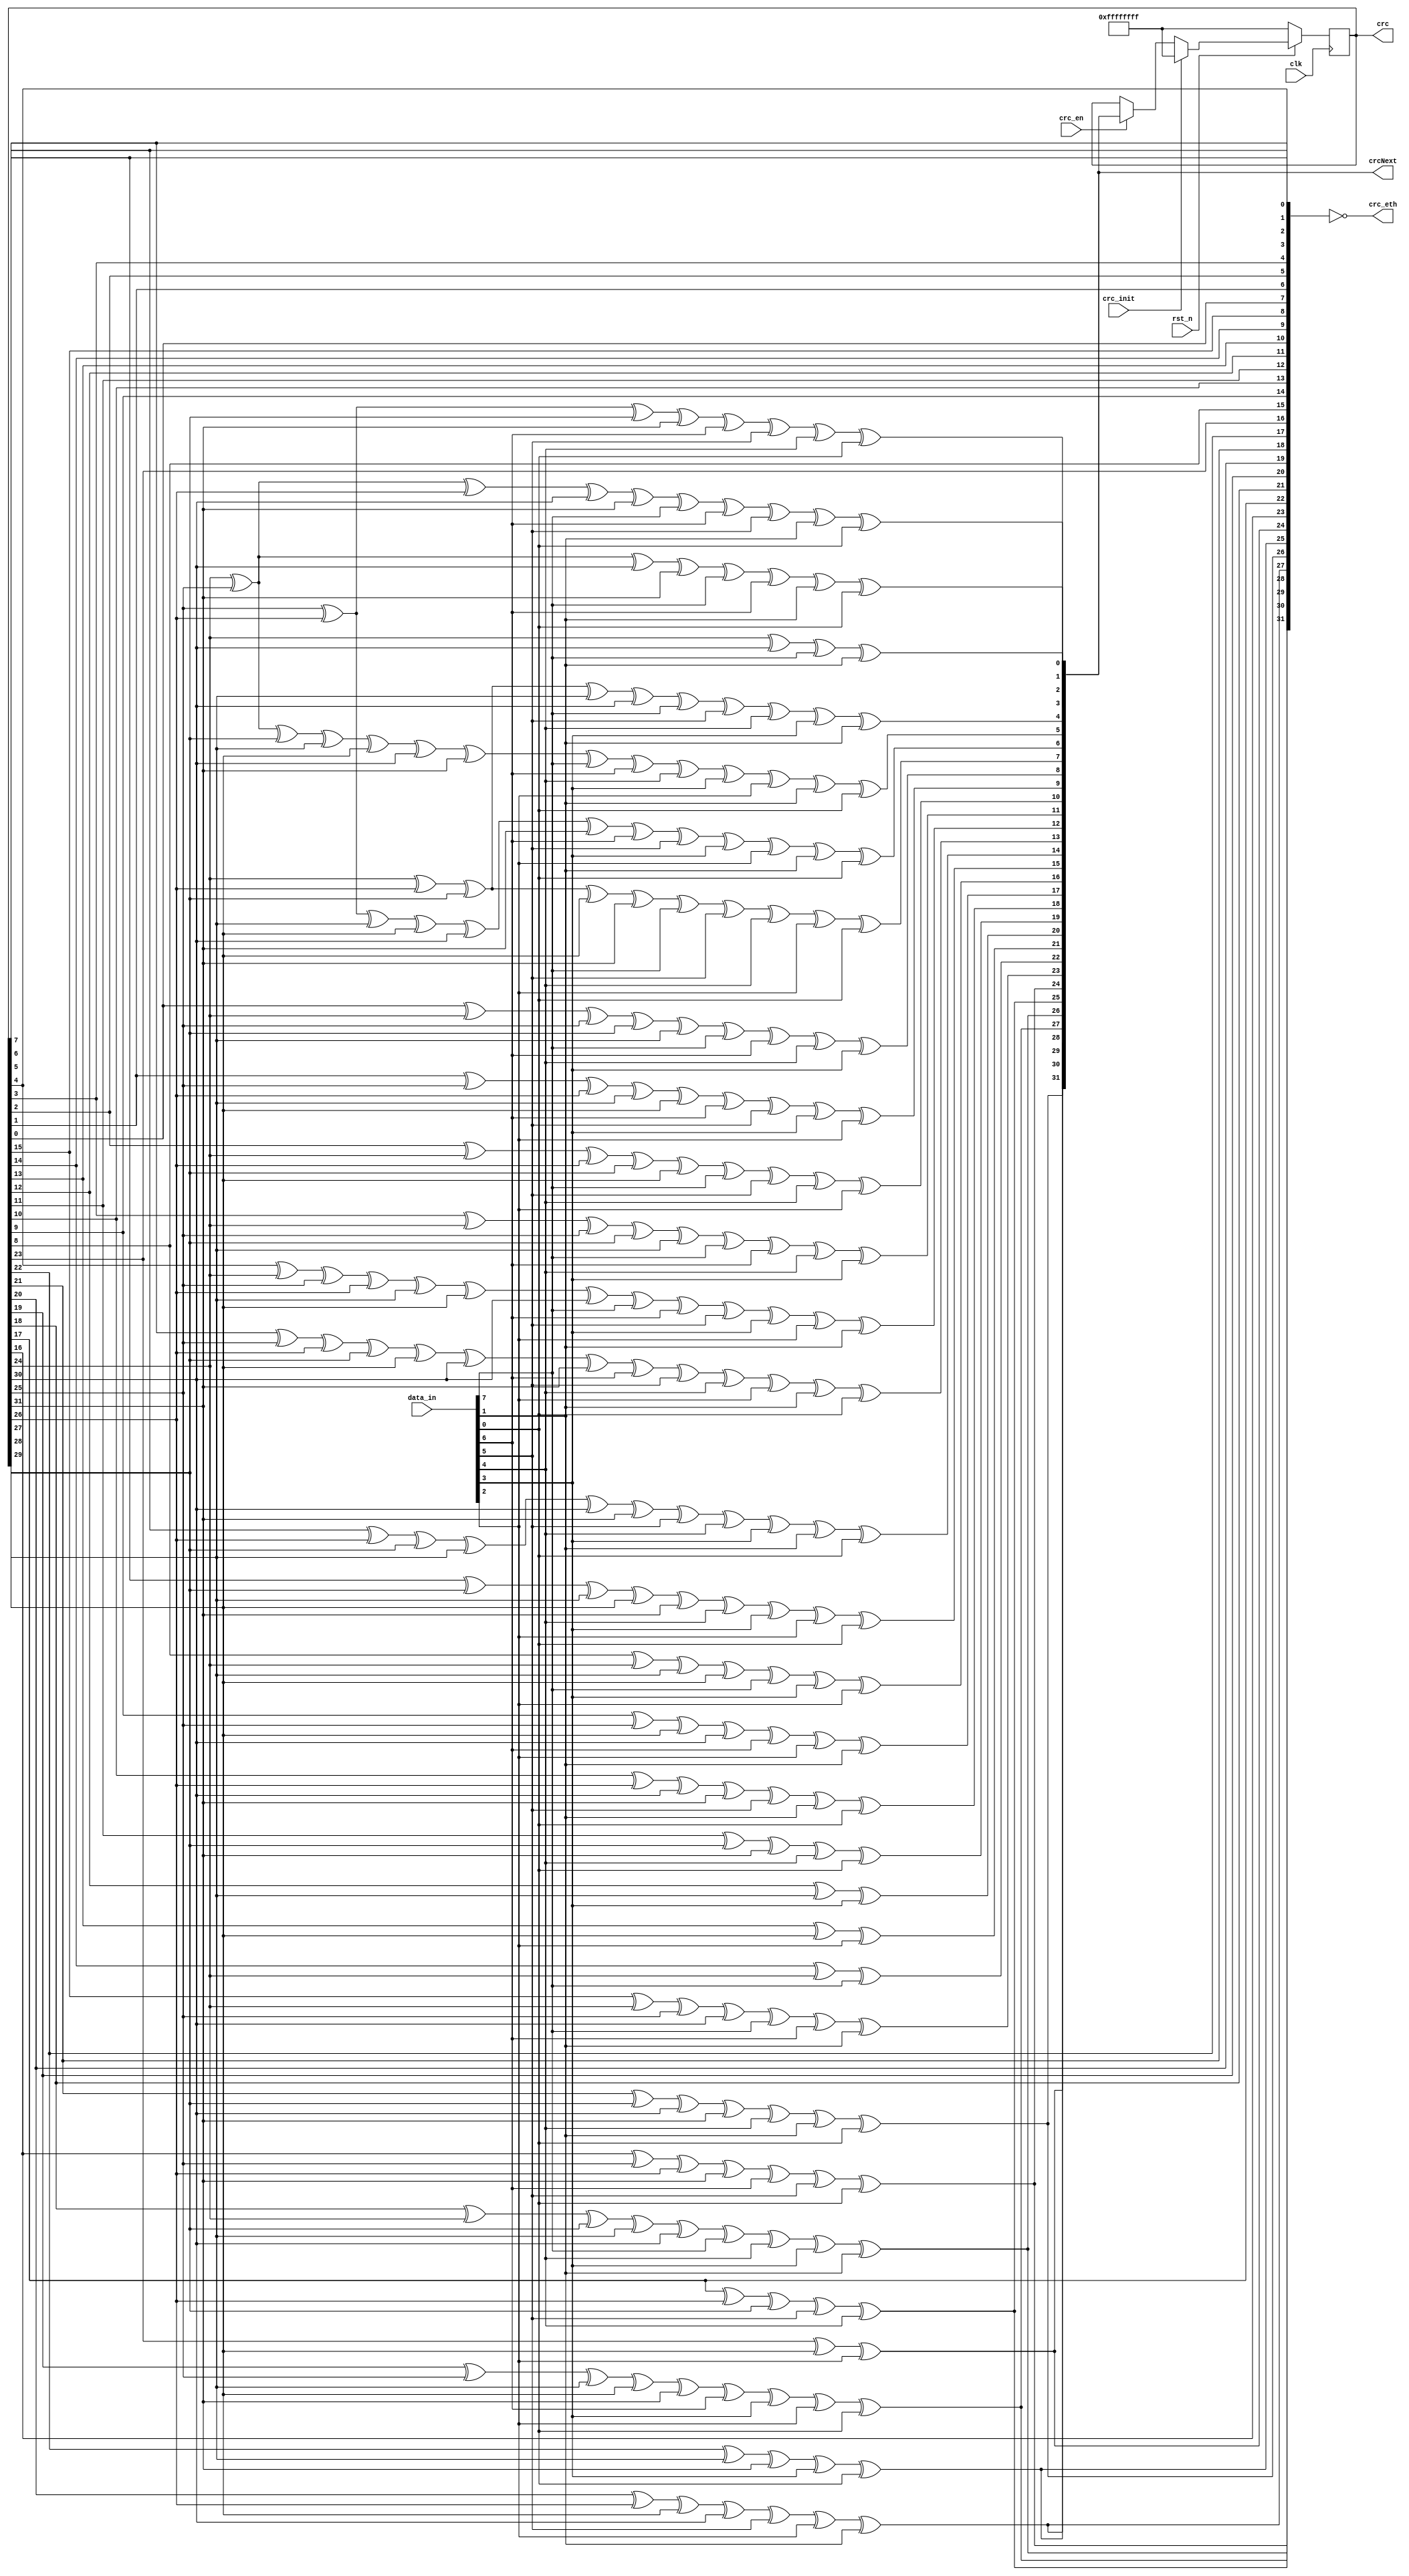
`timescale 1ns/1ns
module crc32_D8(
	clk,
	rst_n,
	data_in, 
	crc_en,
	crc_init,
	crc,
	crcNext,
	crc_eth
);

	parameter Tp = 1;

	input clk;
	input rst_n;
	input [7:0] data_in;
	input crc_en;
	input crc_init;

	output reg [31:0] crc;
	
	output [31:0]crc_eth;

	output [31:0] crcNext;

	wire [7:0] Data;

	assign Data={data_in[0],data_in[1],data_in[2],data_in[3],data_in[4],data_in[5],data_in[6],data_in[7]};

	assign crcNext[0] = crc[24] ^ crc[30] ^ Data[0] ^ Data[6];
	assign crcNext[1] = crc[24] ^ crc[25] ^ crc[30] ^ crc[31] ^ Data[0] ^ Data[1] ^ Data[6] ^ Data[7];
	assign crcNext[2] = crc[24] ^ crc[25] ^ crc[26] ^ crc[30] ^ crc[31] ^ Data[0] ^ Data[1] ^ Data[2] ^ Data[6] ^ Data[7];
	assign crcNext[3] = crc[25] ^ crc[26] ^ crc[27] ^ crc[31] ^ Data[1] ^ Data[2] ^ Data[3] ^ Data[7];
	assign crcNext[4] = crc[24] ^ crc[26] ^ crc[27] ^ crc[28] ^ crc[30] ^ Data[0] ^ Data[2] ^ Data[3] ^ Data[4] ^ Data[6];
	assign crcNext[5] = crc[24] ^ crc[25] ^ crc[27] ^ crc[28] ^ crc[29] ^ crc[30] ^ crc[31] ^ Data[0] ^ Data[1] ^ Data[3] ^ Data[4] ^ Data[5] ^ Data[6] ^ Data[7];
	assign crcNext[6] = crc[25] ^ crc[26] ^ crc[28] ^ crc[29] ^ crc[30] ^ crc[31] ^ Data[1] ^ Data[2] ^ Data[4] ^ Data[5] ^ Data[6] ^ Data[7];
	assign crcNext[7] = crc[24] ^ crc[26] ^ crc[27] ^ crc[29] ^ crc[31] ^ Data[0] ^ Data[2] ^ Data[3] ^ Data[5] ^ Data[7];
	assign crcNext[8] = crc[0] ^ crc[24] ^ crc[25] ^ crc[27] ^ crc[28] ^ Data[0] ^ Data[1] ^ Data[3] ^ Data[4];
	assign crcNext[9] = crc[1] ^ crc[25] ^ crc[26] ^ crc[28] ^ crc[29] ^ Data[1] ^ Data[2] ^ Data[4] ^ Data[5];
	assign crcNext[10] = crc[2] ^ crc[24] ^ crc[26] ^ crc[27] ^ crc[29] ^ Data[0] ^ Data[2] ^ Data[3] ^ Data[5];
	assign crcNext[11] = crc[3] ^ crc[24] ^ crc[25] ^ crc[27] ^ crc[28] ^ Data[0] ^ Data[1] ^ Data[3] ^ Data[4];
	assign crcNext[12] = crc[4] ^ crc[24] ^ crc[25] ^ crc[26] ^ crc[28] ^ crc[29] ^ crc[30] ^ Data[0] ^ Data[1] ^ Data[2] ^ Data[4] ^ Data[5] ^ Data[6];
	assign crcNext[13] = crc[5] ^ crc[25] ^ crc[26] ^ crc[27] ^ crc[29] ^ crc[30] ^ crc[31] ^ Data[1] ^ Data[2] ^ Data[3] ^ Data[5] ^ Data[6] ^ Data[7];
	assign crcNext[14] = crc[6] ^ crc[26] ^ crc[27] ^ crc[28] ^ crc[30] ^ crc[31] ^ Data[2] ^ Data[3] ^ Data[4] ^ Data[6] ^ Data[7];
	assign crcNext[15] =  crc[7] ^ crc[27] ^ crc[28] ^ crc[29] ^ crc[31] ^ Data[3] ^ Data[4] ^ Data[5] ^ Data[7];
	assign crcNext[16] = crc[8] ^ crc[24] ^ crc[28] ^ crc[29] ^ Data[0] ^ Data[4] ^ Data[5];
	assign crcNext[17] = crc[9] ^ crc[25] ^ crc[29] ^ crc[30] ^ Data[1] ^ Data[5] ^ Data[6];
	assign crcNext[18] = crc[10] ^ crc[26] ^ crc[30] ^ crc[31] ^ Data[2] ^ Data[6] ^ Data[7];
	assign crcNext[19] = crc[11] ^ crc[27] ^ crc[31] ^ Data[3] ^ Data[7];
	assign crcNext[20] = crc[12] ^ crc[28] ^ Data[4];
	assign crcNext[21] = crc[13] ^ crc[29] ^ Data[5];
	assign crcNext[22] = crc[14] ^ crc[24] ^ Data[0];
	assign crcNext[23] = crc[15] ^ crc[24] ^ crc[25] ^ crc[30] ^ Data[0] ^ Data[1] ^ Data[6];
	assign crcNext[24] = crc[16] ^ crc[25] ^ crc[26] ^ crc[31] ^ Data[1] ^ Data[2] ^ Data[7];
	assign crcNext[25] = crc[17] ^ crc[26] ^ crc[27] ^ Data[2] ^ Data[3];
	assign crcNext[26] = crc[18] ^ crc[24] ^ crc[27] ^ crc[28] ^ crc[30] ^ Data[0] ^ Data[3] ^ Data[4] ^ Data[6];
	assign crcNext[27] = crc[19] ^ crc[25] ^ crc[28] ^ crc[29] ^ crc[31] ^ Data[1] ^ Data[4] ^ Data[5] ^ Data[7];
	assign crcNext[28] = crc[20] ^ crc[26] ^ crc[29] ^ crc[30] ^ Data[2] ^ Data[5] ^ Data[6];
	assign crcNext[29] = crc[21] ^ crc[27] ^ crc[30] ^ crc[31] ^ Data[3] ^ Data[6] ^ Data[7];
	assign crcNext[30] = crc[22] ^ crc[28] ^ crc[31] ^ Data[4] ^ Data[7];
	assign crcNext[31] = crc[23] ^ crc[29] ^ Data[5];

	always @ (posedge clk)
	if (!rst_n)
		crc <={32{1'b1}};
	else if(crc_init)
		crc <={32{1'b1}};
   else if (crc_en)
		crc <= #1 crcNext;

assign crc_eth = ~{
						crcNext[24], crcNext[25], crcNext[26], crcNext[27],crcNext[28], crcNext[29], crcNext[30], crcNext[31],
						crc[16], crc[17], crc[18], crc[19],crc[20], crc[21], crc[22], crc[23],
						crc[ 8], crc[ 9], crc[10], crc[11],crc[12], crc[13], crc[14], crc[15],
						crc[ 0], crc[ 1], crc[ 2], crc[ 3],crc[ 4], crc[ 5], crc[ 6], crc[ 7]};		

endmodule